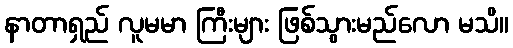
နာတာရှည် လူမမာ ကြီးများ ဖြစ်သွားမည်လော မသိ။